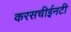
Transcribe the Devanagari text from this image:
करसचीईनटी